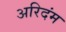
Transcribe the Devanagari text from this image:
अरिदंम